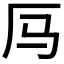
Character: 𪠃